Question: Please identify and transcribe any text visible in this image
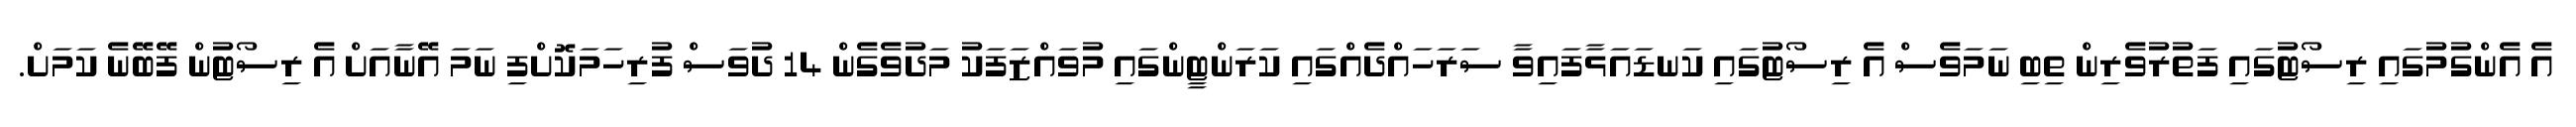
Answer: އެ އެންގުމުގައި ރިސޯޓުގައި ފަތުރުވެރިން ތިބި ނަމަވެސް އެ ރިސޯޓުގައި ކަނޑައަޅާފައިވާ ސަރަހައްދެއްގައި ކަރަންޓީންގައި މުވައްޒަފަކު މަދުވެގެން 14 ދުވަސް ފުރިހަމަކޮށްފި ނަމަ އޭނާއަށް އެ ރިސޯޓުން ފޭބޭނެ ކަމަށް.